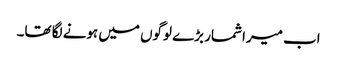
اب میرا شمار بڑے لوگوں میں ہونے لگا تھا۔